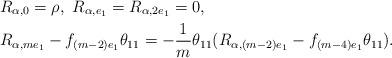
LaTeX: \begin{align*} &R_{\alpha,0}=\rho,~R_{\alpha, e_1}=R_{\alpha,2e_1}=0,\\ &R_{\alpha, me_1}-f_{(m-2)e_1}\theta_{11}=-\frac{1}{m}\theta_{11} (R_{\alpha, (m-2)e_1}-f_{(m-4)e_1}\theta_{11}). \end{align*}